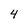
Character: 4